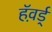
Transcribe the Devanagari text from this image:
हॅव़र्ड्